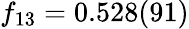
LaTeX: f_{13}=0.528(91)